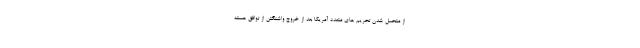
از متحمل شدن تحریم های متعدد آمریکا بعد از خروج واشنگتن از توافق هسته